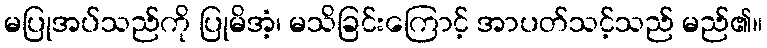
မပြုအပ်သည်ကို ပြုမိအံ့၊ မသိခြင်းကြောင့် အာပတ်သင့်သည် မည်၏။